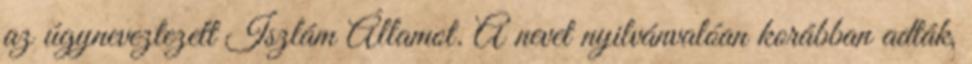
az úgyneveztezett Iszlám Államot. A nevet nyilvánvalóan korábban adták,